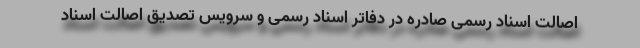
اصالت اسناد رسمی صادره در دفاتر اسناد رسمی و سرویس تصدیق اصالت اسناد